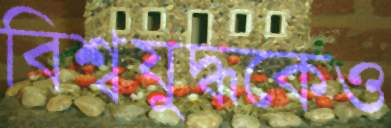
বিশ্বযুদ্ধকেও